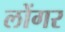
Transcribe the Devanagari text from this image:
लोंगर